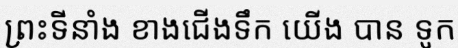
ព្រះទីនាំង ខាងជើងទឹក យើង បាន ទូក